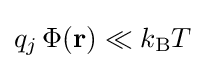
q_{j}\,\Phi (\mathbf {r} )\ll k_{\text{B}}T